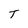
Character: T